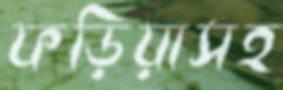
ফড়িয়াসহ